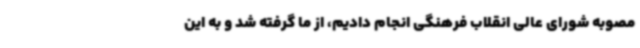
مصوبه شورای عالی انقلاب فرهنگی انجام دادیم، از ما گرفته شد و به این